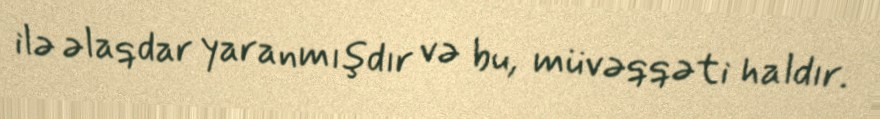
ilə əlaqdar yaranmışdır və bu, müvəqqəti haldır.